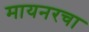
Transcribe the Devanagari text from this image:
मायनरचा